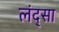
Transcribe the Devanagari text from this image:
लंद्सा